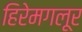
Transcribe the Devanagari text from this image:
हिरेमगलूर